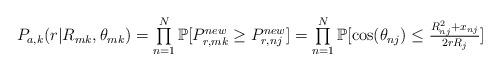
LaTeX: \begin{align*}\begin{array}{l}P_{a,k}(r|R_{mk},\theta_{mk}) = \prod\limits_{n=1}^N\mathbb{P}[P_{r,mk}^{new} \geq P_{r,nj}^{new}]= \prod\limits_{n=1}^N\mathbb{P}[\cos(\theta_{nj})\leq \frac{R_{nj}^2+x_{nj}}{2rR_j}]\end{array}\end{align*}